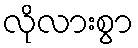
လိုလားစွာ